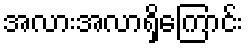
အလားအလာရှိကြောင်း